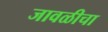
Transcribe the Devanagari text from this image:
जावळीचा